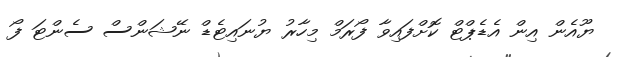
ޔޫއެން އިން އެޑެޕްޓް ކޮށްފައިވާ ފޯރަމް މިހާރު ޔުނައިޓެޑް ނޭޝަންސް ސެންޓަ ފޯ